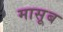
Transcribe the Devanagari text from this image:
मासूब